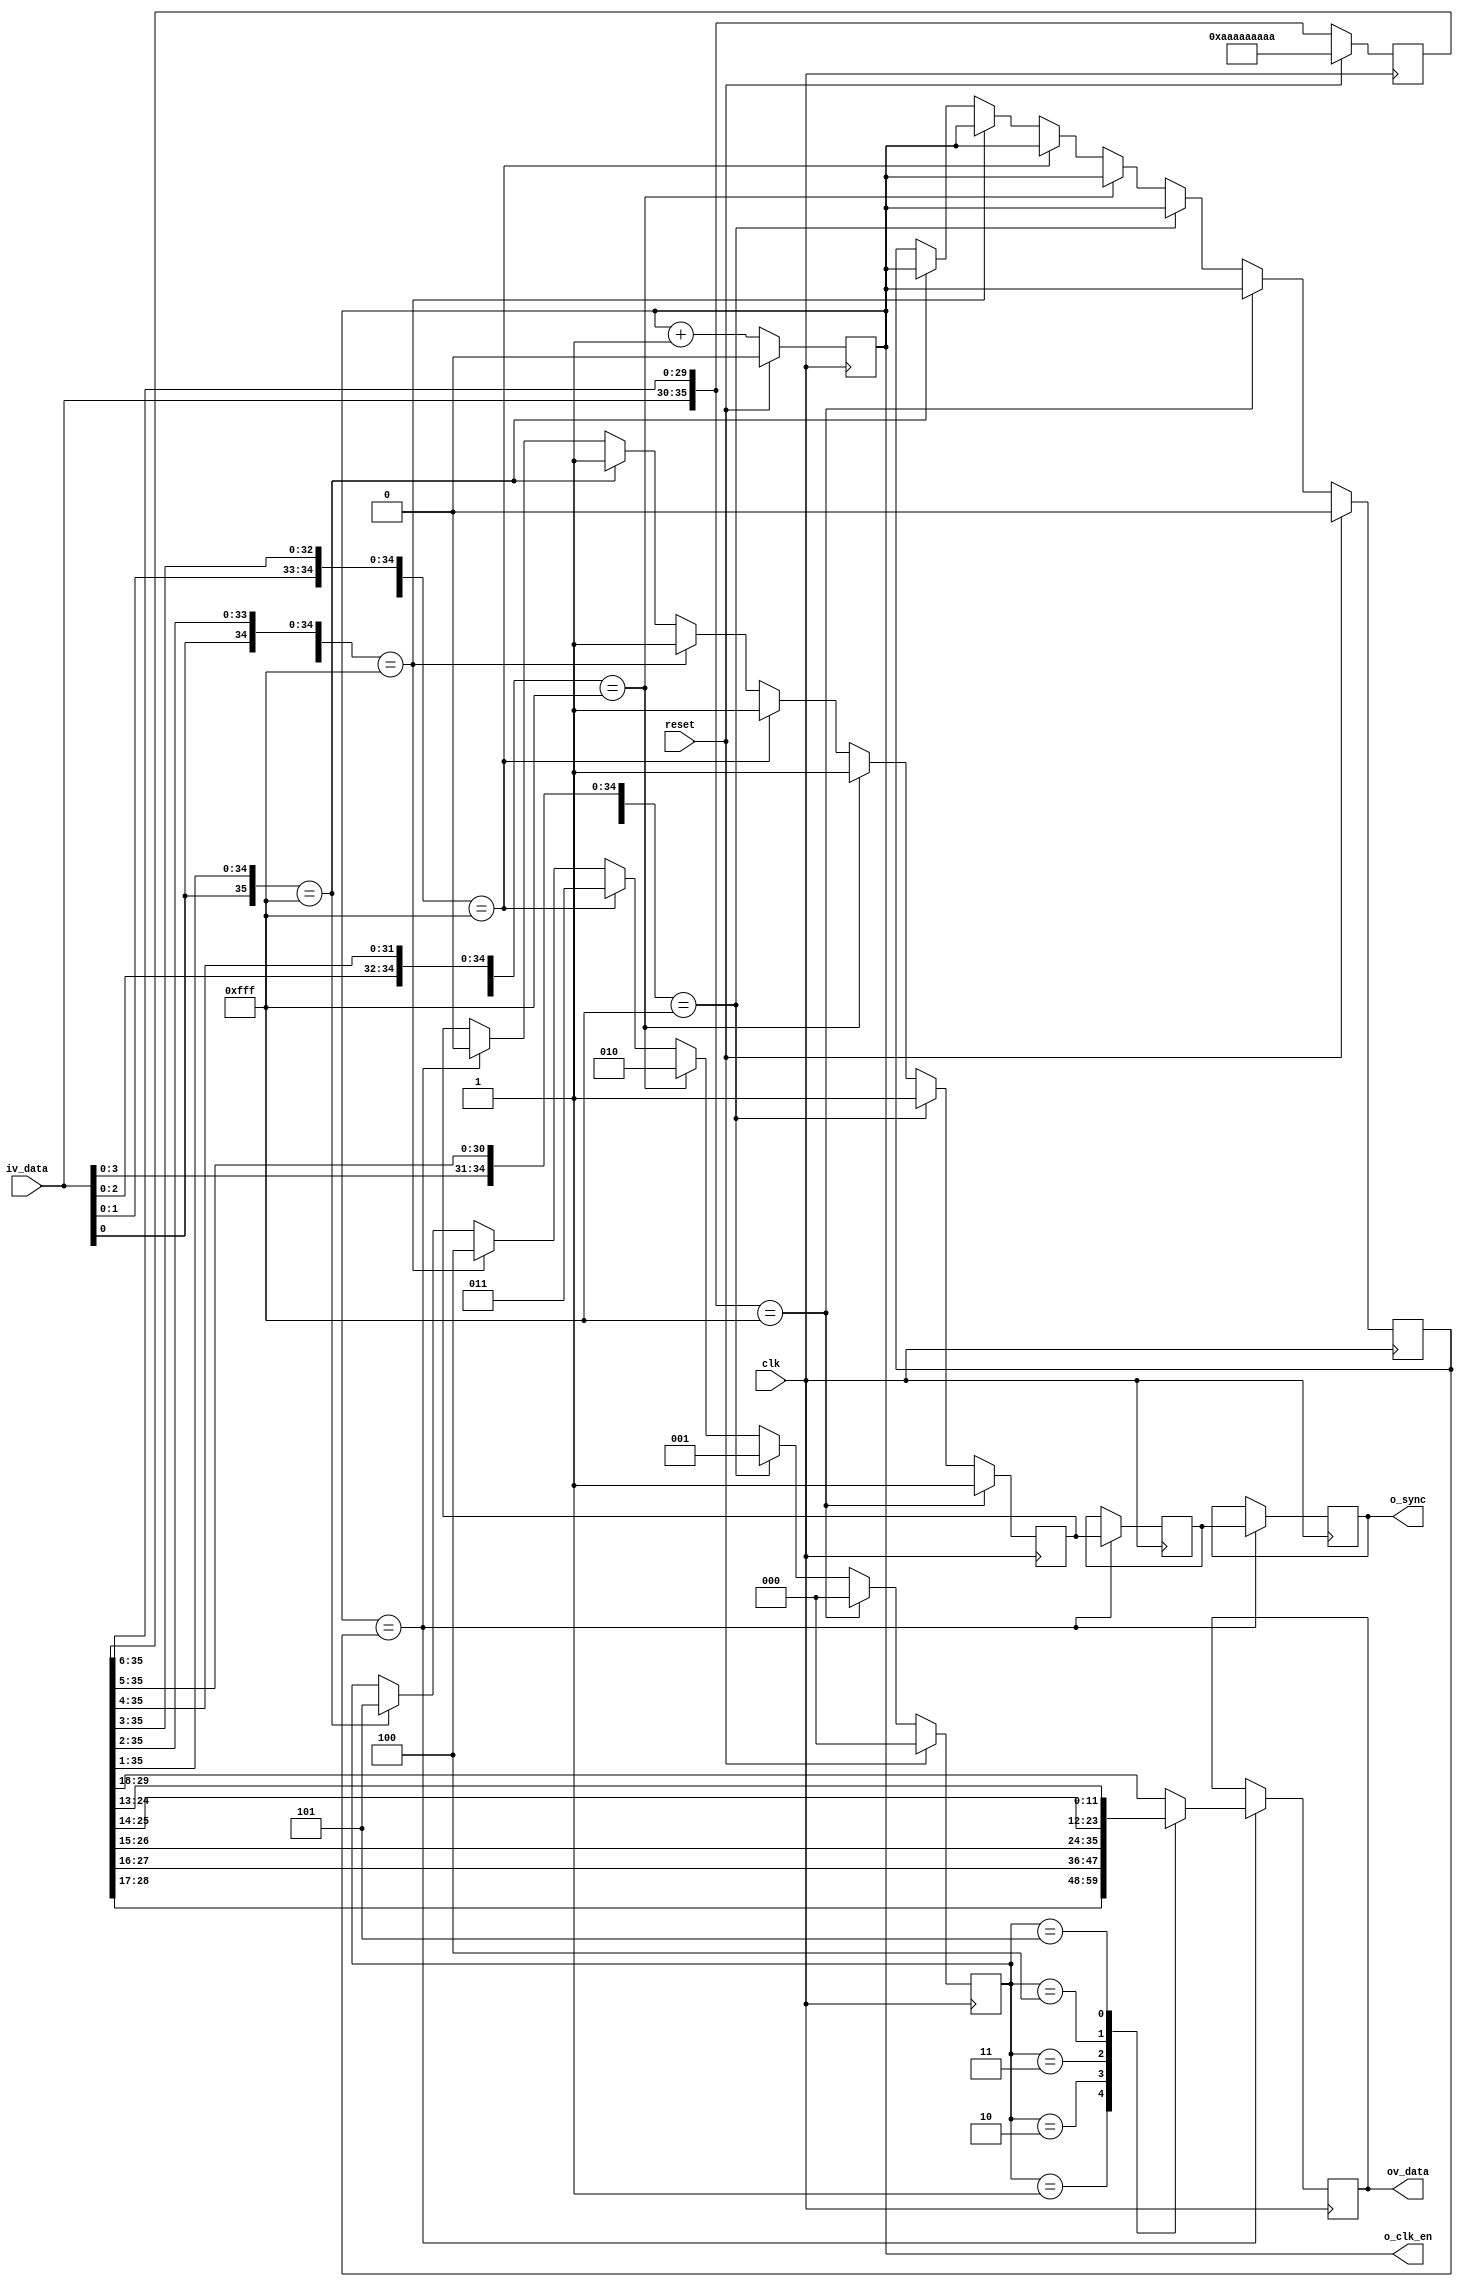
//-------------------------------------------------------------------------------------------------
//  --    : , 2010 -2015.
//  --      .
//  --          : FPGA
//  --        : word_aligner
//  --        : 
//-------------------------------------------------------------------------------------------------
//
//  --  :
//
//  --          :| 				:|  
//-------------------------------------------------------------------------------------------------
//  --        :| 2015/10/26 16:54:06	:|  
//-------------------------------------------------------------------------------------------------
//
//  --      :
//              1)  : ... ...
//
//              2)  : ... ...
//
//              3)  : ... ...
//
//-------------------------------------------------------------------------------------------------
///
`timescale 1ns/1ps
//-------------------------------------------------------------------------------------------------

module word_aligner # (
	parameter		SER_FIRST_BIT			= "LSB"		,	//"LSB" or "MSB" , first bit to the receiver
	parameter		DESER_WIDTH				= 6				//
	)
	(
	input									clk			,	//
	input									reset		,	//
	input	[DESER_WIDTH-1:0]				iv_data		,	//
	output									o_clk_en	,	//
	output									o_sync		,	//
	output	[2*DESER_WIDTH-1:0]				ov_data			//
	);

	//	ref signals
	localparam	SYNC_WORD	= {{4*DESER_WIDTH{1'b0}},{2*DESER_WIDTH{1'b1}}};

	reg		[6*DESER_WIDTH-1:0]				din_shift		= {(3*DESER_WIDTH){2'b10}};
	wire	[6*DESER_WIDTH-1:0]				window_0		;
	wire	[6*DESER_WIDTH-1:0]				window_1		;
	wire	[6*DESER_WIDTH-1:0]				window_2		;
	wire	[6*DESER_WIDTH-1:0]				window_3		;
	wire	[6*DESER_WIDTH-1:0]				window_4		;
	wire	[6*DESER_WIDTH-1:0]				window_5		;
	reg										div_cnt			= 1'b0;
	reg										div_cnt_lock	= 1'b0;
	reg										sync_reg		= 1'b0;
	reg										sync_reg_dly0	= 1'b0;
	reg										sync_reg_dly1	= 1'b0;
	reg		[2:0]							window_num		= 3'b0;
	reg		[2*DESER_WIDTH-1:0]				word_align_reg	= {(2*DESER_WIDTH){1'b1}};

	//	ref ARCHITECTURE

	//	-------------------------------------------------------------------------------------
	//	
	//	-------------------------------------------------------------------------------------
	always @ (posedge clk) begin
		if(reset) begin
			div_cnt	<= 1'b0;
		end
		else begin
			div_cnt	<= div_cnt + 1'b1;
		end
	end
	assign	o_clk_en	= div_cnt;

	//	-------------------------------------------------------------------------------------
	//	24bit
	//	--2word
	//	--lsb
	//	--clk
	//	--1
	//	-------------------------------------------------------------------------------------
	always @ (posedge clk) begin
		if(reset) begin
			din_shift	<= {(3*DESER_WIDTH){2'b10}};
		end
		else begin
			din_shift	<= {iv_data,din_shift[6*DESER_WIDTH-1:DESER_WIDTH]};
		end
	end

	//	-------------------------------------------------------------------------------------
	//	
	//	--6bit6
	//	--   612
	//	-------------------------------------------------------------------------------------
	assign	window_0	= {iv_data[DESER_WIDTH-1:0],din_shift[6*DESER_WIDTH-1:DESER_WIDTH]};
	assign	window_1	= {iv_data[DESER_WIDTH-2:0],din_shift[6*DESER_WIDTH-1:DESER_WIDTH-1]};
	assign	window_2	= {iv_data[DESER_WIDTH-3:0],din_shift[6*DESER_WIDTH-1:DESER_WIDTH-2]};
	assign	window_3	= {iv_data[DESER_WIDTH-4:0],din_shift[6*DESER_WIDTH-1:DESER_WIDTH-3]};
	assign	window_4	= {iv_data[DESER_WIDTH-5:0],din_shift[6*DESER_WIDTH-1:DESER_WIDTH-4]};
	assign	window_5	= {iv_data[DESER_WIDTH-6:0],din_shift[6*DESER_WIDTH-1:DESER_WIDTH-5]};

	//	-------------------------------------------------------------------------------------
	//	
	//	--
	//	--en
	//	-------------------------------------------------------------------------------------
	always @ (posedge clk) begin
		if(reset) begin
			window_num		<= 3'd0;
			div_cnt_lock	<= 1'b0;
		end
		else begin
			if(window_0==SYNC_WORD) begin
				window_num		<= 3'd0;
				div_cnt_lock	<= div_cnt;
			end
			else if(window_1==SYNC_WORD) begin
				window_num		<= 3'd1;
				div_cnt_lock	<= div_cnt;
			end
			else if(window_2==SYNC_WORD) begin
				window_num		<= 3'd2;
				div_cnt_lock	<= div_cnt;
			end
			else if(window_3==SYNC_WORD) begin
				window_num		<= 3'd3;
				div_cnt_lock	<= div_cnt;
			end
			else if(window_4==SYNC_WORD) begin
				window_num		<= 3'd4;
				div_cnt_lock	<= div_cnt;
			end
			else if(window_5==SYNC_WORD) begin
				window_num		<= 3'd5;
				div_cnt_lock	<= div_cnt;
			end
		end
	end

	//	-------------------------------------------------------------------------------------
	//	
	//	--
	//	-------------------------------------------------------------------------------------
	always @ (posedge clk) begin
		if(window_0==SYNC_WORD) begin
			sync_reg		<= 1'b1;
		end
		else if(window_1==SYNC_WORD) begin
			sync_reg		<= 1'b1;
		end
		else if(window_2==SYNC_WORD) begin
			sync_reg		<= 1'b1;
		end
		else if(window_3==SYNC_WORD) begin
			sync_reg		<= 1'b1;
		end
		else if(window_4==SYNC_WORD) begin
			sync_reg		<= 1'b1;
		end
		else if(window_5==SYNC_WORD) begin
			sync_reg		<= 1'b1;
		end
		else if(div_cnt==div_cnt_lock) begin
			sync_reg		<= 1'b0;
		end
	end

	//	-------------------------------------------------------------------------------------
	//	2
	//	-------------------------------------------------------------------------------------
	always @ (posedge clk) begin
		if(div_cnt==div_cnt_lock) begin
			sync_reg_dly0	<= sync_reg;
			sync_reg_dly1	<= sync_reg_dly0;
		end
	end
	assign o_sync	= sync_reg_dly1;

	//	-------------------------------------------------------------------------------------
	//	
	//	-------------------------------------------------------------------------------------
	always @ (posedge clk) begin
		if(div_cnt==div_cnt_lock) begin
			case(window_num)
				0		: word_align_reg	<= window_0[4*DESER_WIDTH-1:2*DESER_WIDTH];
				1		: word_align_reg	<= window_1[4*DESER_WIDTH-1:2*DESER_WIDTH];
				2		: word_align_reg	<= window_2[4*DESER_WIDTH-1:2*DESER_WIDTH];
				3		: word_align_reg	<= window_3[4*DESER_WIDTH-1:2*DESER_WIDTH];
				4		: word_align_reg	<= window_4[4*DESER_WIDTH-1:2*DESER_WIDTH];
				5		: word_align_reg	<= window_5[4*DESER_WIDTH-1:2*DESER_WIDTH];
				default	: word_align_reg	<= window_0[4*DESER_WIDTH-1:2*DESER_WIDTH];
			endcase
		end
	end
	assign	ov_data	= word_align_reg;

endmodule